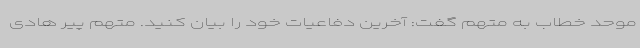
موحد خطاب به متهم گفت: آخرین دفاعیات خود را بیان کنید. متهم پیر هادی